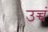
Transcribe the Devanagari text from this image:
उच्चं